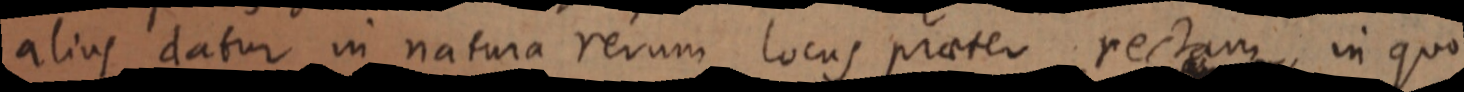
alius datur in natura rerum locus praeter rectam, in quo